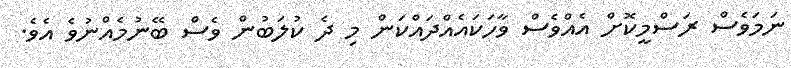
ނަމަވެސް ރަސްމީކޮށް އެއްވެސް ވާހަކައެއްދައްކަން މި ދެ ކުލަބުން ވެސް ބޭނުމެއްނުވެ އެވެ.